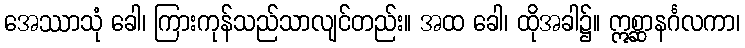
အေဿာသုံ ခေါ၊ ကြားကုန်သည်သာလျင်တည်း။ အထ ခေါ၊ ထိုအခါ၌။ ဣစ္ဆာနင်္ဂလကာ၊